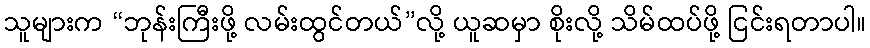
သူများက “ဘုန်းကြီးဖို့ လမ်းထွင်တယ်”လို့ ယူဆမှာ စိုးလို့ သိမ်ထပ်ဖို့ ငြင်းရတာပါ။